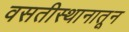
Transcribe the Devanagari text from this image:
वसतीस्थानातून